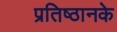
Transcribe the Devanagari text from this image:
प्रतिष्ठानके